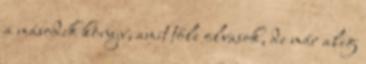
a második könyv, amit tőle olvasok, de már alig